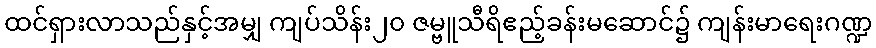
ထင်ရှားလာသည်နှင့်အမျှ ကျပ်သိန်း၂၀ ဇမ္ဗူသီရိဧည့်ခန်းမဆောင်၌ ကျန်းမာရေးဂဏ္ဍ